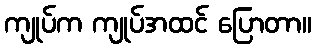
ကျုပ်က ကျုပ်အထင် ပြောတာ။